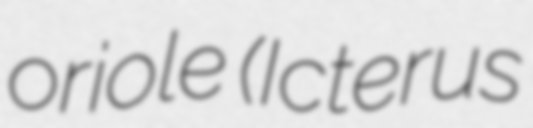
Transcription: oriole (Icterus